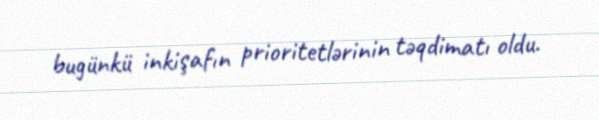
bugünkü inkişafın prioritetlərinin təqdimatı oldu.